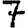
Digit: 7